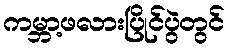
ကမ္ဘာ့ဖလားပြိုင်ပွဲတွင်